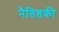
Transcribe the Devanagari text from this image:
नैतिष्ठकी